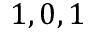
1 , 0 , 1